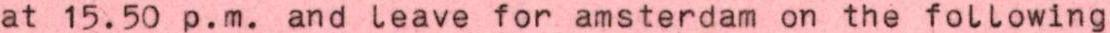
at 15.50 p.m. and leave for amsterdam on the following